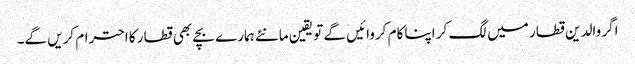
اگر والدین قطار میں لگ کر اپنا کام کروائیں گے تو یقین مانئے ہمارے بچے بھی قطار کا احترام کریں گے۔